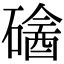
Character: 𥕼